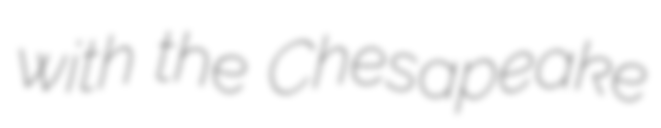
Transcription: with the Chesapeake